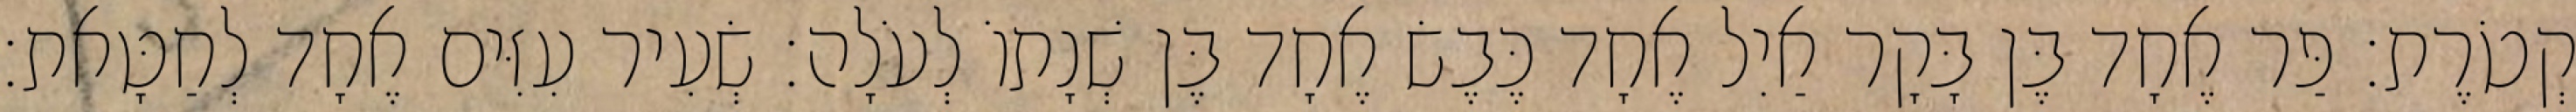
קְטֹרֶת׃ פַּר אֶחָד בֶּן בָּקָר אַיִל אֶחָד כֶּבֶשׂ אֶחָד בֶּן שְׁנָתוֹ לְעֹלָה׃ שְׂעִיר עִזִּים אֶחָד לְחַטָּאת׃